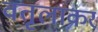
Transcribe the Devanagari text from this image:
वतृलाकर